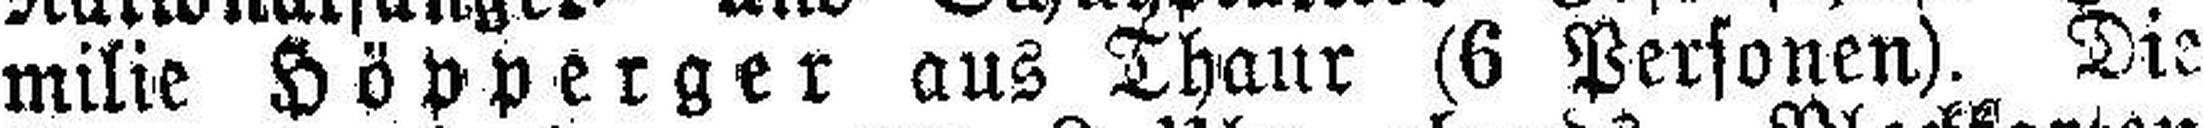
milie Höpperger aus Thaur (6 Personen). Die